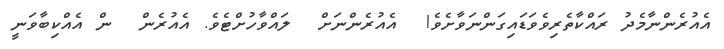
އެއުރެންނާމެދު ރައްކާތެރިވެވަޑައިގަންނަވާށެވެ!  އެއުރެންނަށް  ލައްވާހުށްޓެވެ. އެއުރެން  ން އެއްކިބާވަނީ